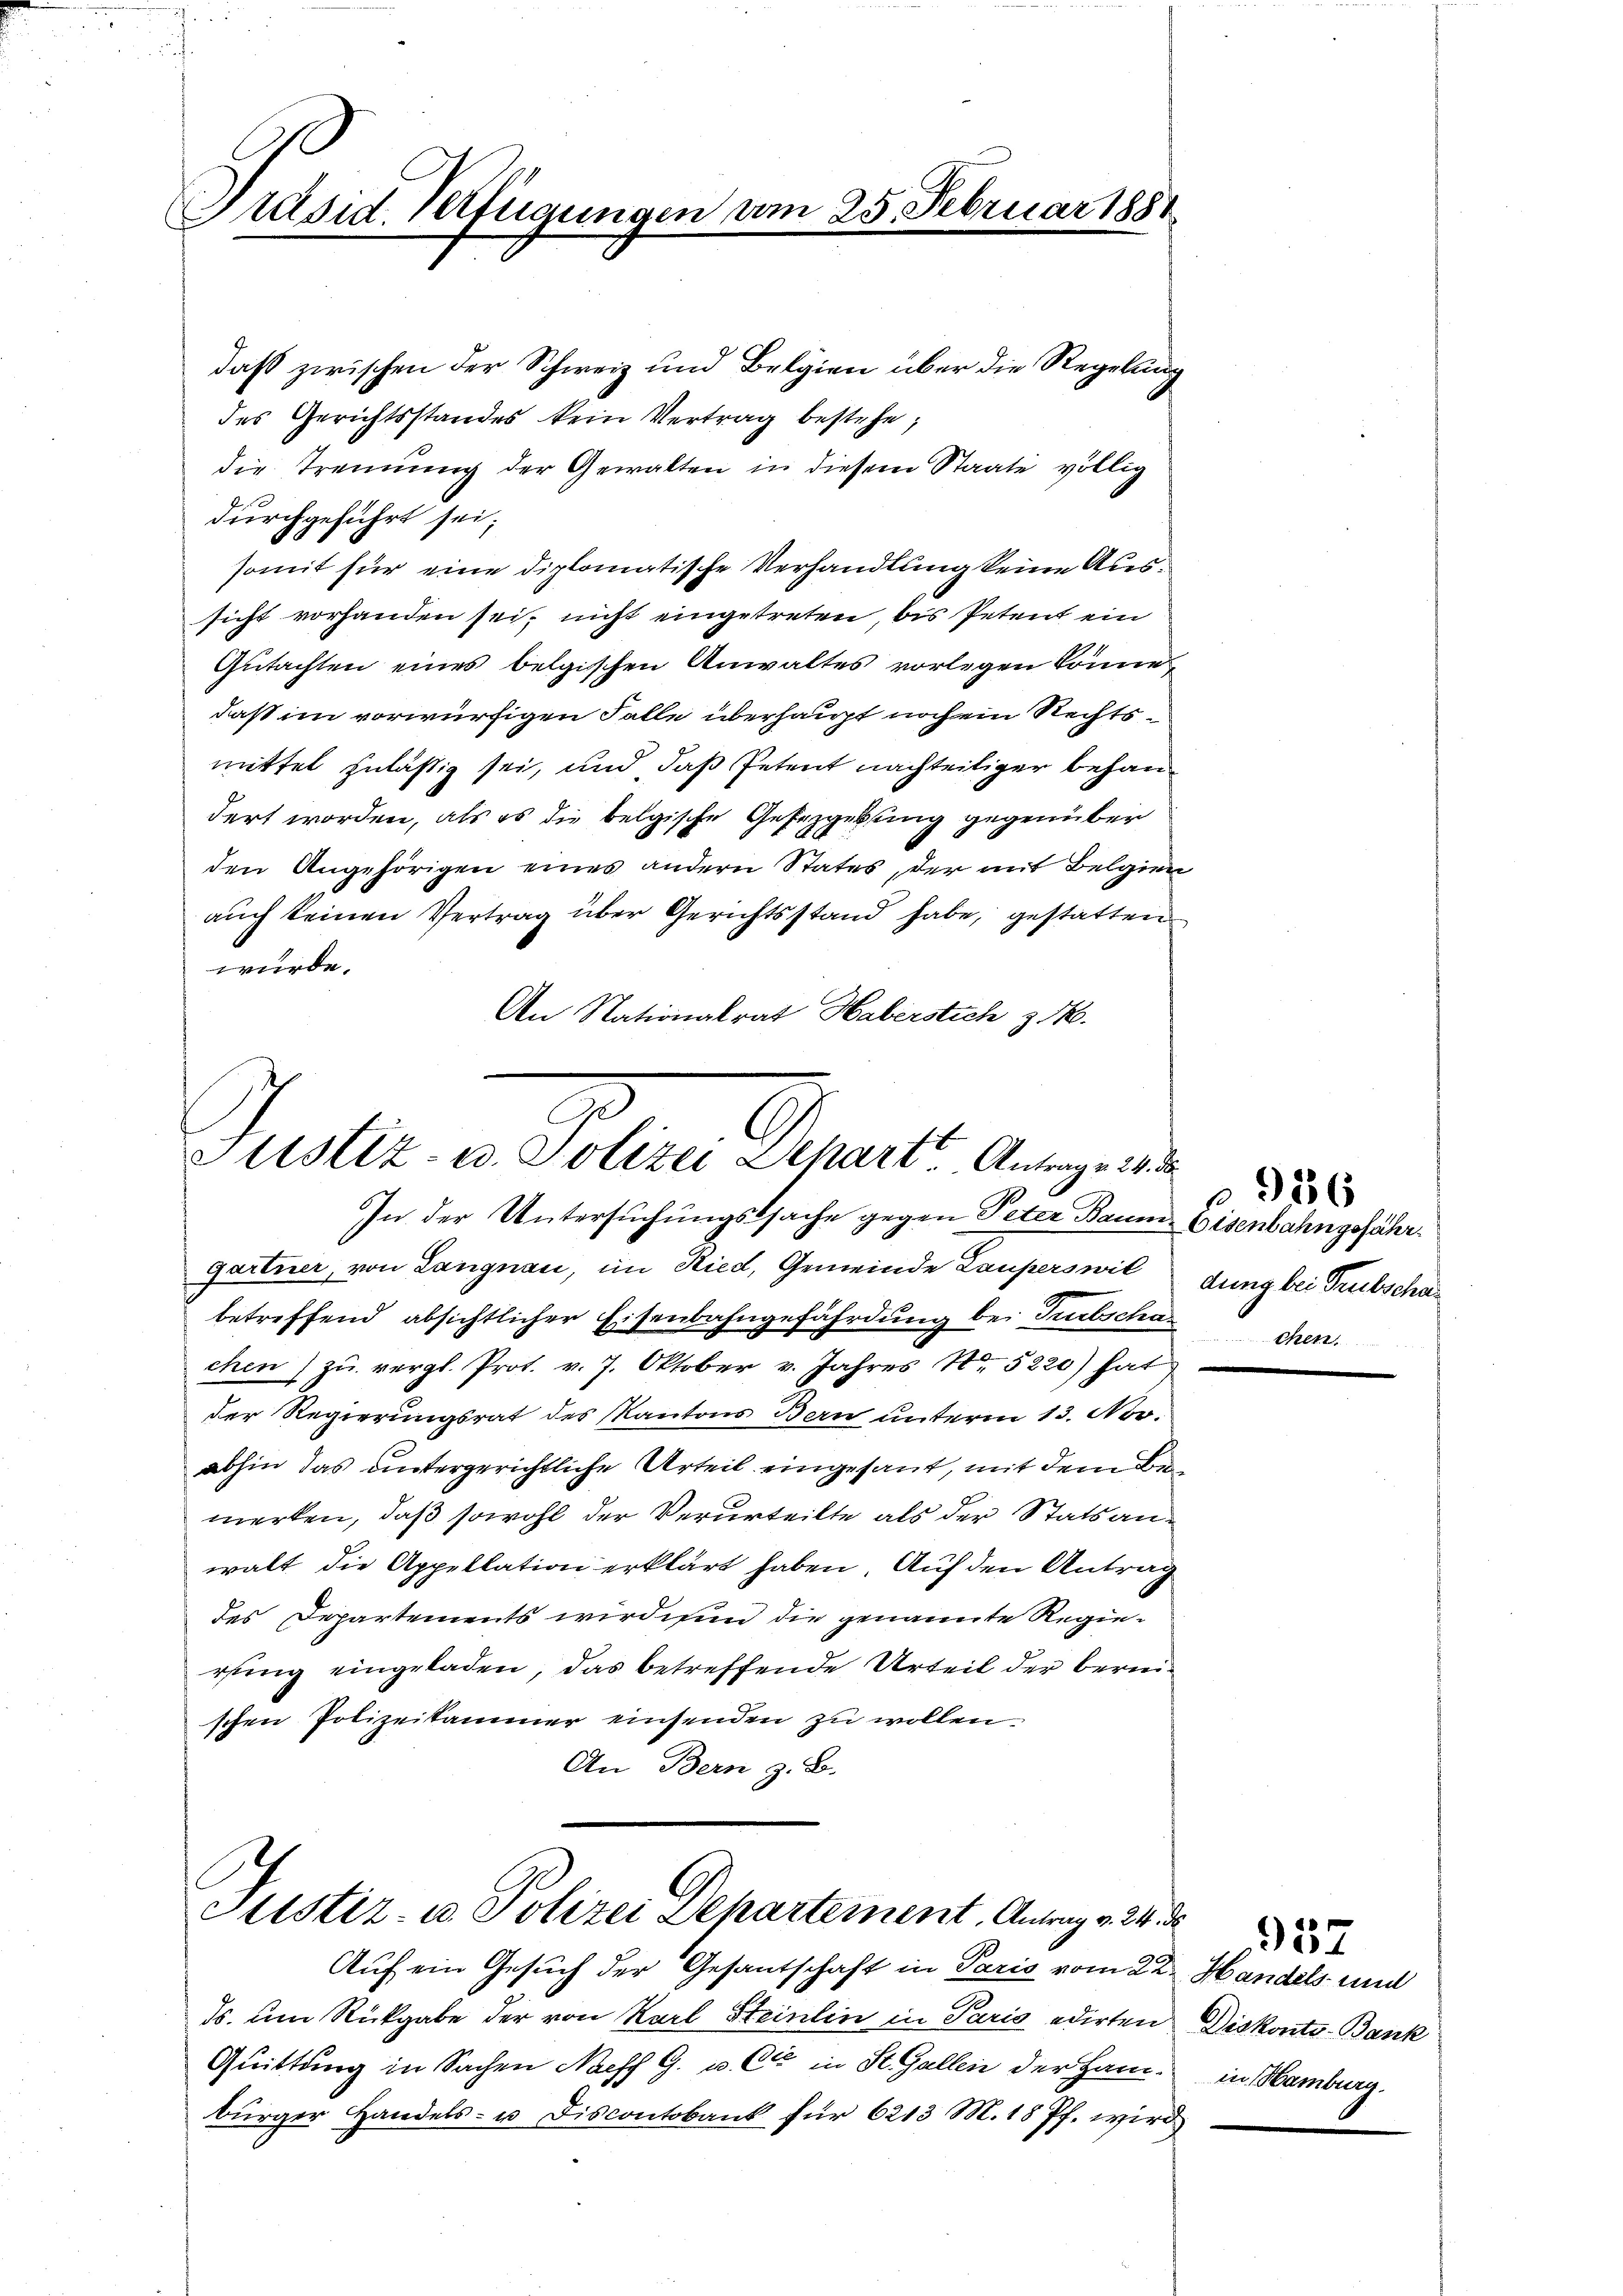
Präsid. Verfügungen am 25. Februar 1881

Justiz, u. Polizen Donat Anzeig
In der Untersuchungssache gegen Peter Baum Eisenbahngefähr¬

daß zwischen der Schweiz und Belgien über die Regelung
des Gerichtsstandes kein Vertrag bestehe;
die Trennung der Gewalten in diesem Staate völlig
durchgeführt sei;
somit für eine diplomatische Verhandlung keine Aussicht vorhanden sei, nicht eingetreten, bis Petent ein
Gutachten eines belgischen Anwaltes vorlegen könne,
daß im vorwürfigen Falle überhaupt noch ein Rechtsmittel zuläßig sei, und daß Petent nachteiliger behandert worden, als es die belgische Gesezgebung gegenüber
den Angehörigen eines andern States, der mit Belgien
auch keinen Vertrag über Gerichtsstand habe, gestatten
würde.
An Nationalrat Haberstich z. B.

Gartner, von Langnau, im Ried, Gemeinde Laupers wil
betreffend absichtlicher Eisenbahngefährdung bei Tuebschachen) zu vergl. Prot. v. 7. Oktober v. Jahres No 5220) hat
der Regierungsrat des Kantons Bern unterm 13. Nov.
abhin das untergerichtliche Urteil eingesant, mit dem Bemerken, daß sowohl der Verurteilte als der Statsanwalt die Appellation erklärt haben. Auf den Antrag
des Departements wird nun die genannte Regierfung eingeladen, das betreffende Urteil der bereischen Polizeikammer einsenden zu wollen.
An Bern z. B.

Justiz- u. Polizei Departement. Antrag v. 24. 225

Auf ein Gesuch der Gesantschaft in Paris vom 22. Handels- und
Ts. um Rückgabe der von Karl Steinlin in Paris edirten Diskonto- Bank
Quittung in Sachen Neff G. u. Cie in St. Gallen der Hambürger Handels- u. Fiscontobank für 6213 M. 18 Pf. wird

dung bei Trubscha
chen.

n

956

in Hamburg.